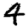
Digit: 4